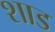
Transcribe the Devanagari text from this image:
शाड